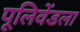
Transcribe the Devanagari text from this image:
पूलिवेंडला